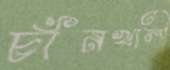
চাঁনখালী